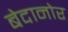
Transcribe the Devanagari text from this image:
बेदानोर